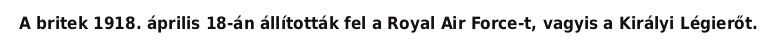
A britek 1918. április 18-án állították fel a Royal Air Force-t, vagyis a Királyi Légierőt.